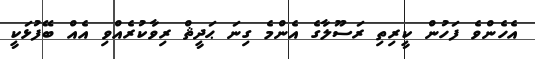
އެހެންވެ ފަހުން ކީރިތި ރަސޫލާގެ އެންމެ ގިނަ ޙަދީޘް ރިވާކުރެއްވި އެއް ބޭފުޅަކީ